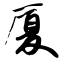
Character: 厦